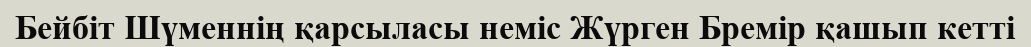
Бейбіт Шүменнің қарсыласы неміс Жүрген Бремір қашып кетті